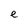
Character: e